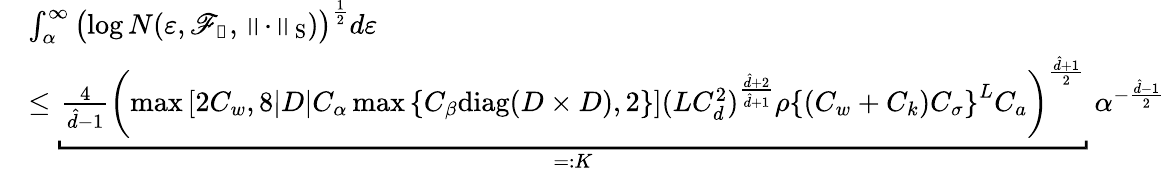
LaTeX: \begin{array}{rl}&{\int_{\alpha}^{\infty}\left(\log N(\varepsilon,\mathscr{F}_{\boldsymbol{\mathscr{N}}},\left\| \cdot\right\| _{\mathrm{S}})\right)^{\frac{1}{2}}d\varepsilon}\\ &{\leq\underbracket{\frac{4}{\hat{d}-1}\left(\operatorname*{max}\left[2C_{w},8|D|C_{\alpha}\operatorname*{max}\left\{ C_{\beta}\mathrm{diag}(D\times D),2\right\} \right](LC_{d}^{2})^{\frac{\hat{d}+2}{\hat{d}+1}}\rho\left\{ (C_{w}+C_{k})C_{\sigma}\right\} ^{L}C_{a}\right)^{\frac{\hat{d}+1}{2}}}_{=:K}\ \alpha^{-\frac{\hat{d}-1}{2}}}\end{array}